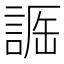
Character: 𧨵